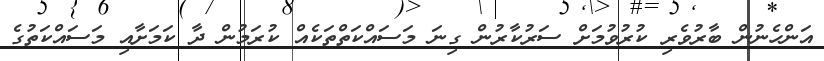
އަންހެނުން ބާރުވެރި ކުރުވުމަށް ސަރުކާރުން ގިނަ މަސައްކަތްތަކެއް ކުރަމުން ދާ ކަމަށާއި މަސައްކަތުގެ